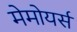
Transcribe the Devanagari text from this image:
मेमोयर्स